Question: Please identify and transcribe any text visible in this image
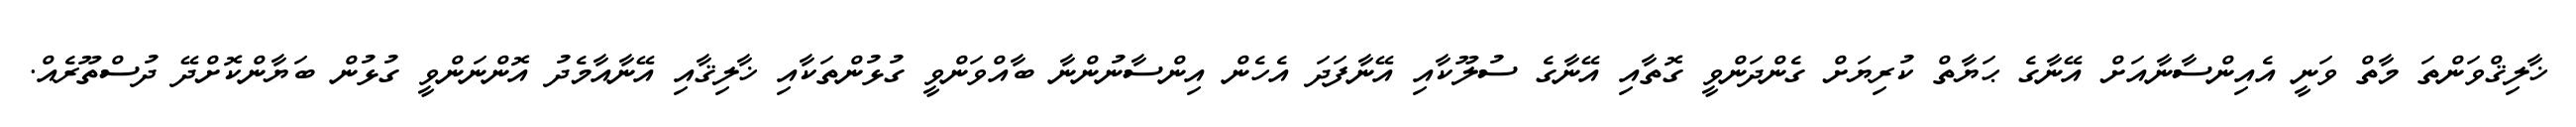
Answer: ޚާލިޤްވަންތަ މާތް ވަނީ އެއިންސާނާއަށް އޭނާގެ ޙަޔާތް ކުރިޔަށް ގެންދަންވީ ގޮތާއި އޭނާގެ ސުލޫކާއި އޭނާފަދަ އެހެން އިންސާނުންނާ ބާއްވަންވީ ގުޅުންތަކާއި ޚާލިޤާއި އޭނާއާމެދު އޮންނަންވީ ގުޅުން ބަޔާންކޮށްދޭ ދުސްތޫރެއް.